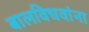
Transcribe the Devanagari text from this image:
बालविधवांना